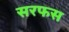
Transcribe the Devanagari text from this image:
सरफस